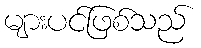
များပင်ဖြစ်သည်